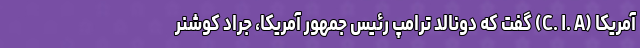
آمریکا (C. I. A) گفت که دونالد ترامپ رئیس جمهور آمریکا، جراد کوشنر